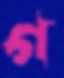
গ